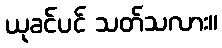
ယုခင်ပင် သတ်သလား။